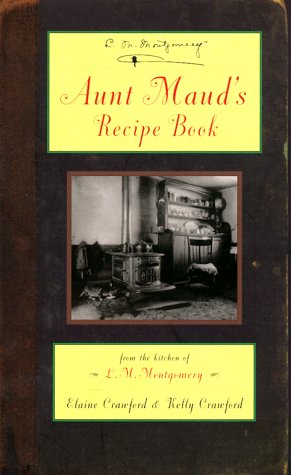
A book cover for Aunt Maud's Recipe Book: From the Kitchen of L.M. Montgomery; L. M. Montgomery; Cookbooks, Food & Wine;